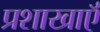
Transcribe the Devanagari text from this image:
प्रशाखाऍं